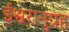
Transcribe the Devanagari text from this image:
ईश्वरानुग्रह